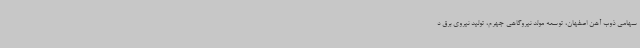
سهامی ذوب آهن اصفهان، توسعه مولد نیروگاهی جهرم، تولید نیروی برق د